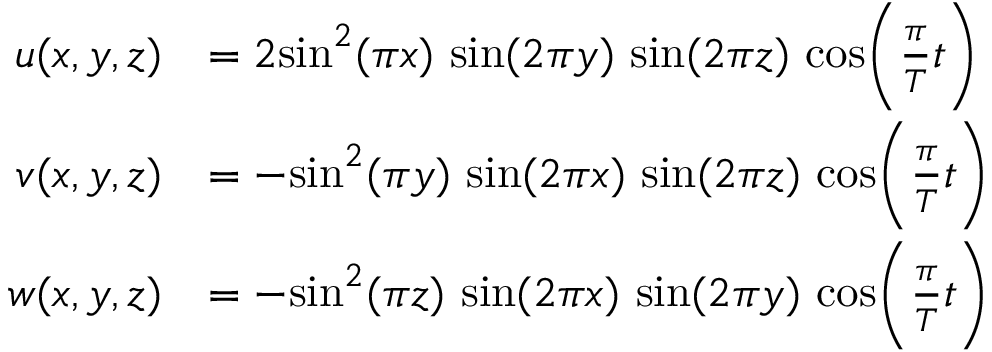
\begin{array} { r l } { u ( x , y , z ) } & { = 2 \mathrm { s i n } ^ { 2 } ( \pi x ) \ \mathrm { s i n } ( 2 \pi y ) \ \mathrm { s i n } ( 2 \pi z ) \ \mathrm { c o s } \Bigg ( \frac { \pi } { T } t \Bigg ) } \\ { v ( x , y , z ) } & { = - \mathrm { s i n } ^ { 2 } ( \pi y ) \ \mathrm { s i n } ( 2 \pi x ) \ \mathrm { s i n } ( 2 \pi z ) \ \mathrm { c o s } \Bigg ( \frac { \pi } { T } t \Bigg ) } \\ { w ( x , y , z ) } & { = - \mathrm { s i n } ^ { 2 } ( \pi z ) \ \mathrm { s i n } ( 2 \pi x ) \ \mathrm { s i n } ( 2 \pi y ) \ \mathrm { c o s } \Bigg ( \frac { \pi } { T } t \Bigg ) } \end{array}